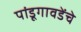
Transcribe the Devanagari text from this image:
पांडूगावडेंचे